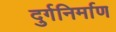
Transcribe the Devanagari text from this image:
दुर्गनिर्माण